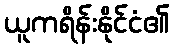
ယူကရိန်းနိုင်ငံ၏